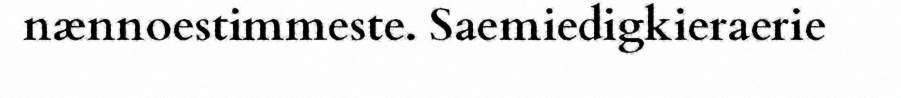
nænnoestimmeste. Saemiedigkieraerie